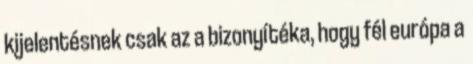
kijelentésnek csak az a bizonyítéka, hogy fél európa a